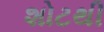
શોટથી